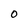
Character: O